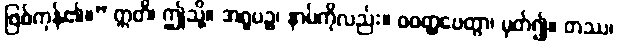
ဖြစ်ကုန်၏။” ဣတိ၊ ဤသို့။ အရူပဉ္စ၊ နာမ်ကိုလည်း။ ဝဝတ္ထပေတွာ၊ မှတ်၍။ တဿ၊